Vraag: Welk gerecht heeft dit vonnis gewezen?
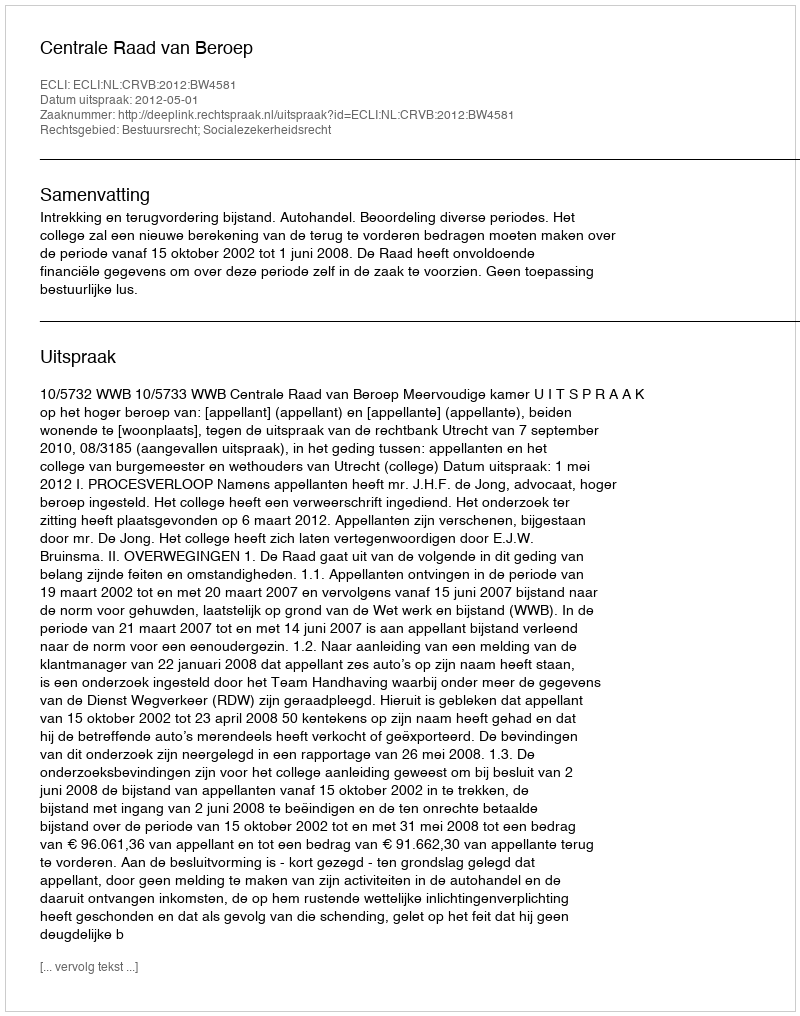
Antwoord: Centrale Raad van Beroep